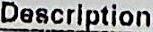
DESCRIPTION